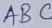
Text: ABC